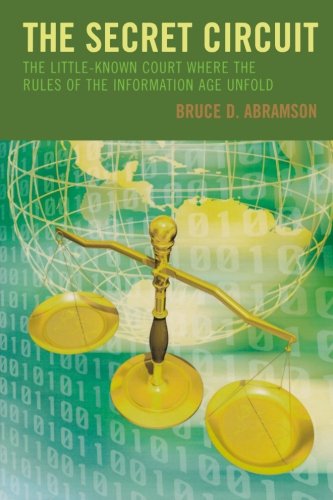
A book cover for The Secret Circuit: The Little-Known Court Where the Rules of the Information Age Unfold; Bruce D. Abramson; Computers & Technology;